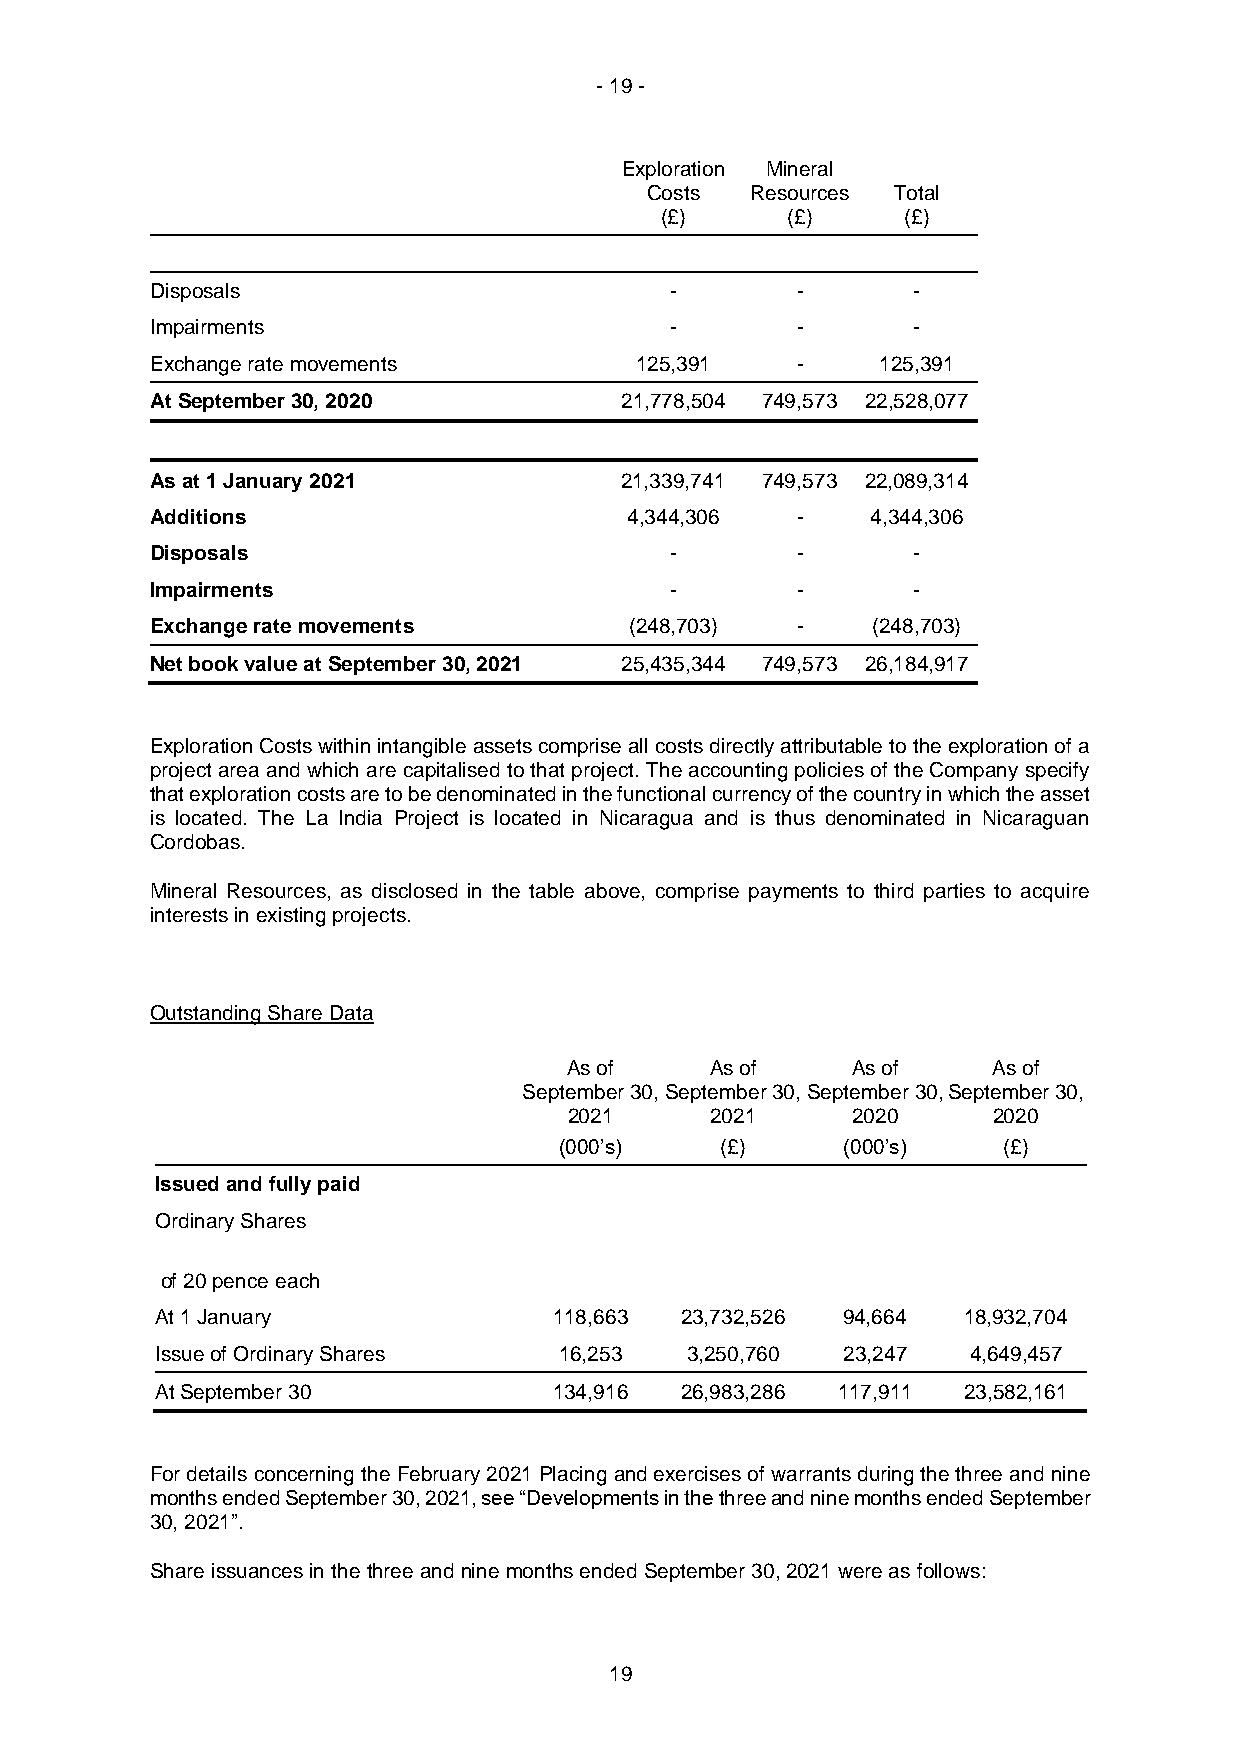
- 19 -
 Exploration Mineral
 Costs  Resources Total
 (£)     (£)     (£)
 Disposals                         -        -      -
 Impairments                       -        -      -
 Exchange rate movements         125,391    -    125,391
 At September 30, 2020          21,778,504 749,573 22,528,077
 As at 1 January 2021           21,339,741 749,573 22,089,314
 Additions                      4,344,306   -    4,344,306
 Disposals                         -        -      -
 Impairments                       -        -      -
 Exchange rate movements         (248,703)  -    (248,703)
 Net book value at September 30, 2021 25,435,344 749,573 26,184,917
 Exploration Costs within intangible assets comprise all costs directly attributable to the exploration of a
 project area and which are capitalised to that project. The accounting policies of the Company specify
 that exploration costs are to be denominated in the functional currency of the country in which the asset
 is located. The La India Project is located in Nicaragua and is thus denominated in Nicaraguan
 Cordobas.
 Mineral Resources, as disclosed in the table above, comprise payments to third parties to acquire
 interests in existing projects.
 Outstanding Share Data
 As of    As of    As of     As of
 September 30, September 30, September 30, September 30,
 2021     2021     2020      2020
 (000’s)    (£)     (000’s)   (£)
 Issued and fully paid
 Ordinary Shares
 of 20 pence each
 At 1 January               118,663 23,732,526 94,664  18,932,704
 Issue of Ordinary Shares   16,253  3,250,760  23,247  4,649,457
 At September 30            134,916 26,983,286 117,911 23,582,161
 For details concerning the February 2021 Placing and exercises of warrants during the three and nine
 months ended September 30, 2021, see “Developments in the three and nine months ended September
 30, 2021”.
 Share issuances in the three and nine months ended September 30, 2021 were as follows:
 19